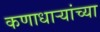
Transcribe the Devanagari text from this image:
कणाधाऱ्यांच्या